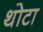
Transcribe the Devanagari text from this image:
थोटा